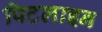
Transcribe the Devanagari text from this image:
पिटलाइन